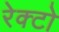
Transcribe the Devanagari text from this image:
रेक्टो